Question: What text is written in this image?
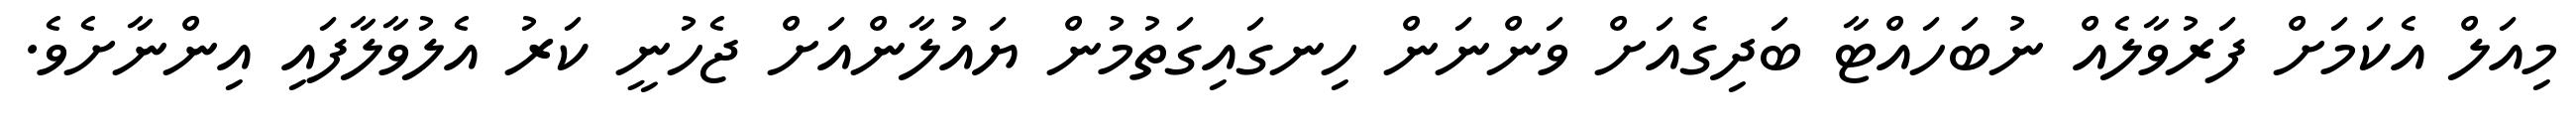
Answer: މިއަލް އެކަމަށް ފަރުވާލެއް ނުބަހައްޓާ ބަދިގެއަށް ވަންނަން ހިނގައިގަތުމުން ޔައުލާންއަށް ޖެހުނީ ކަރު އެލުވާލާފައި އިންނާށެވެ.